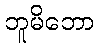
ဘူမိဘော